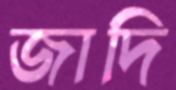
জাদি